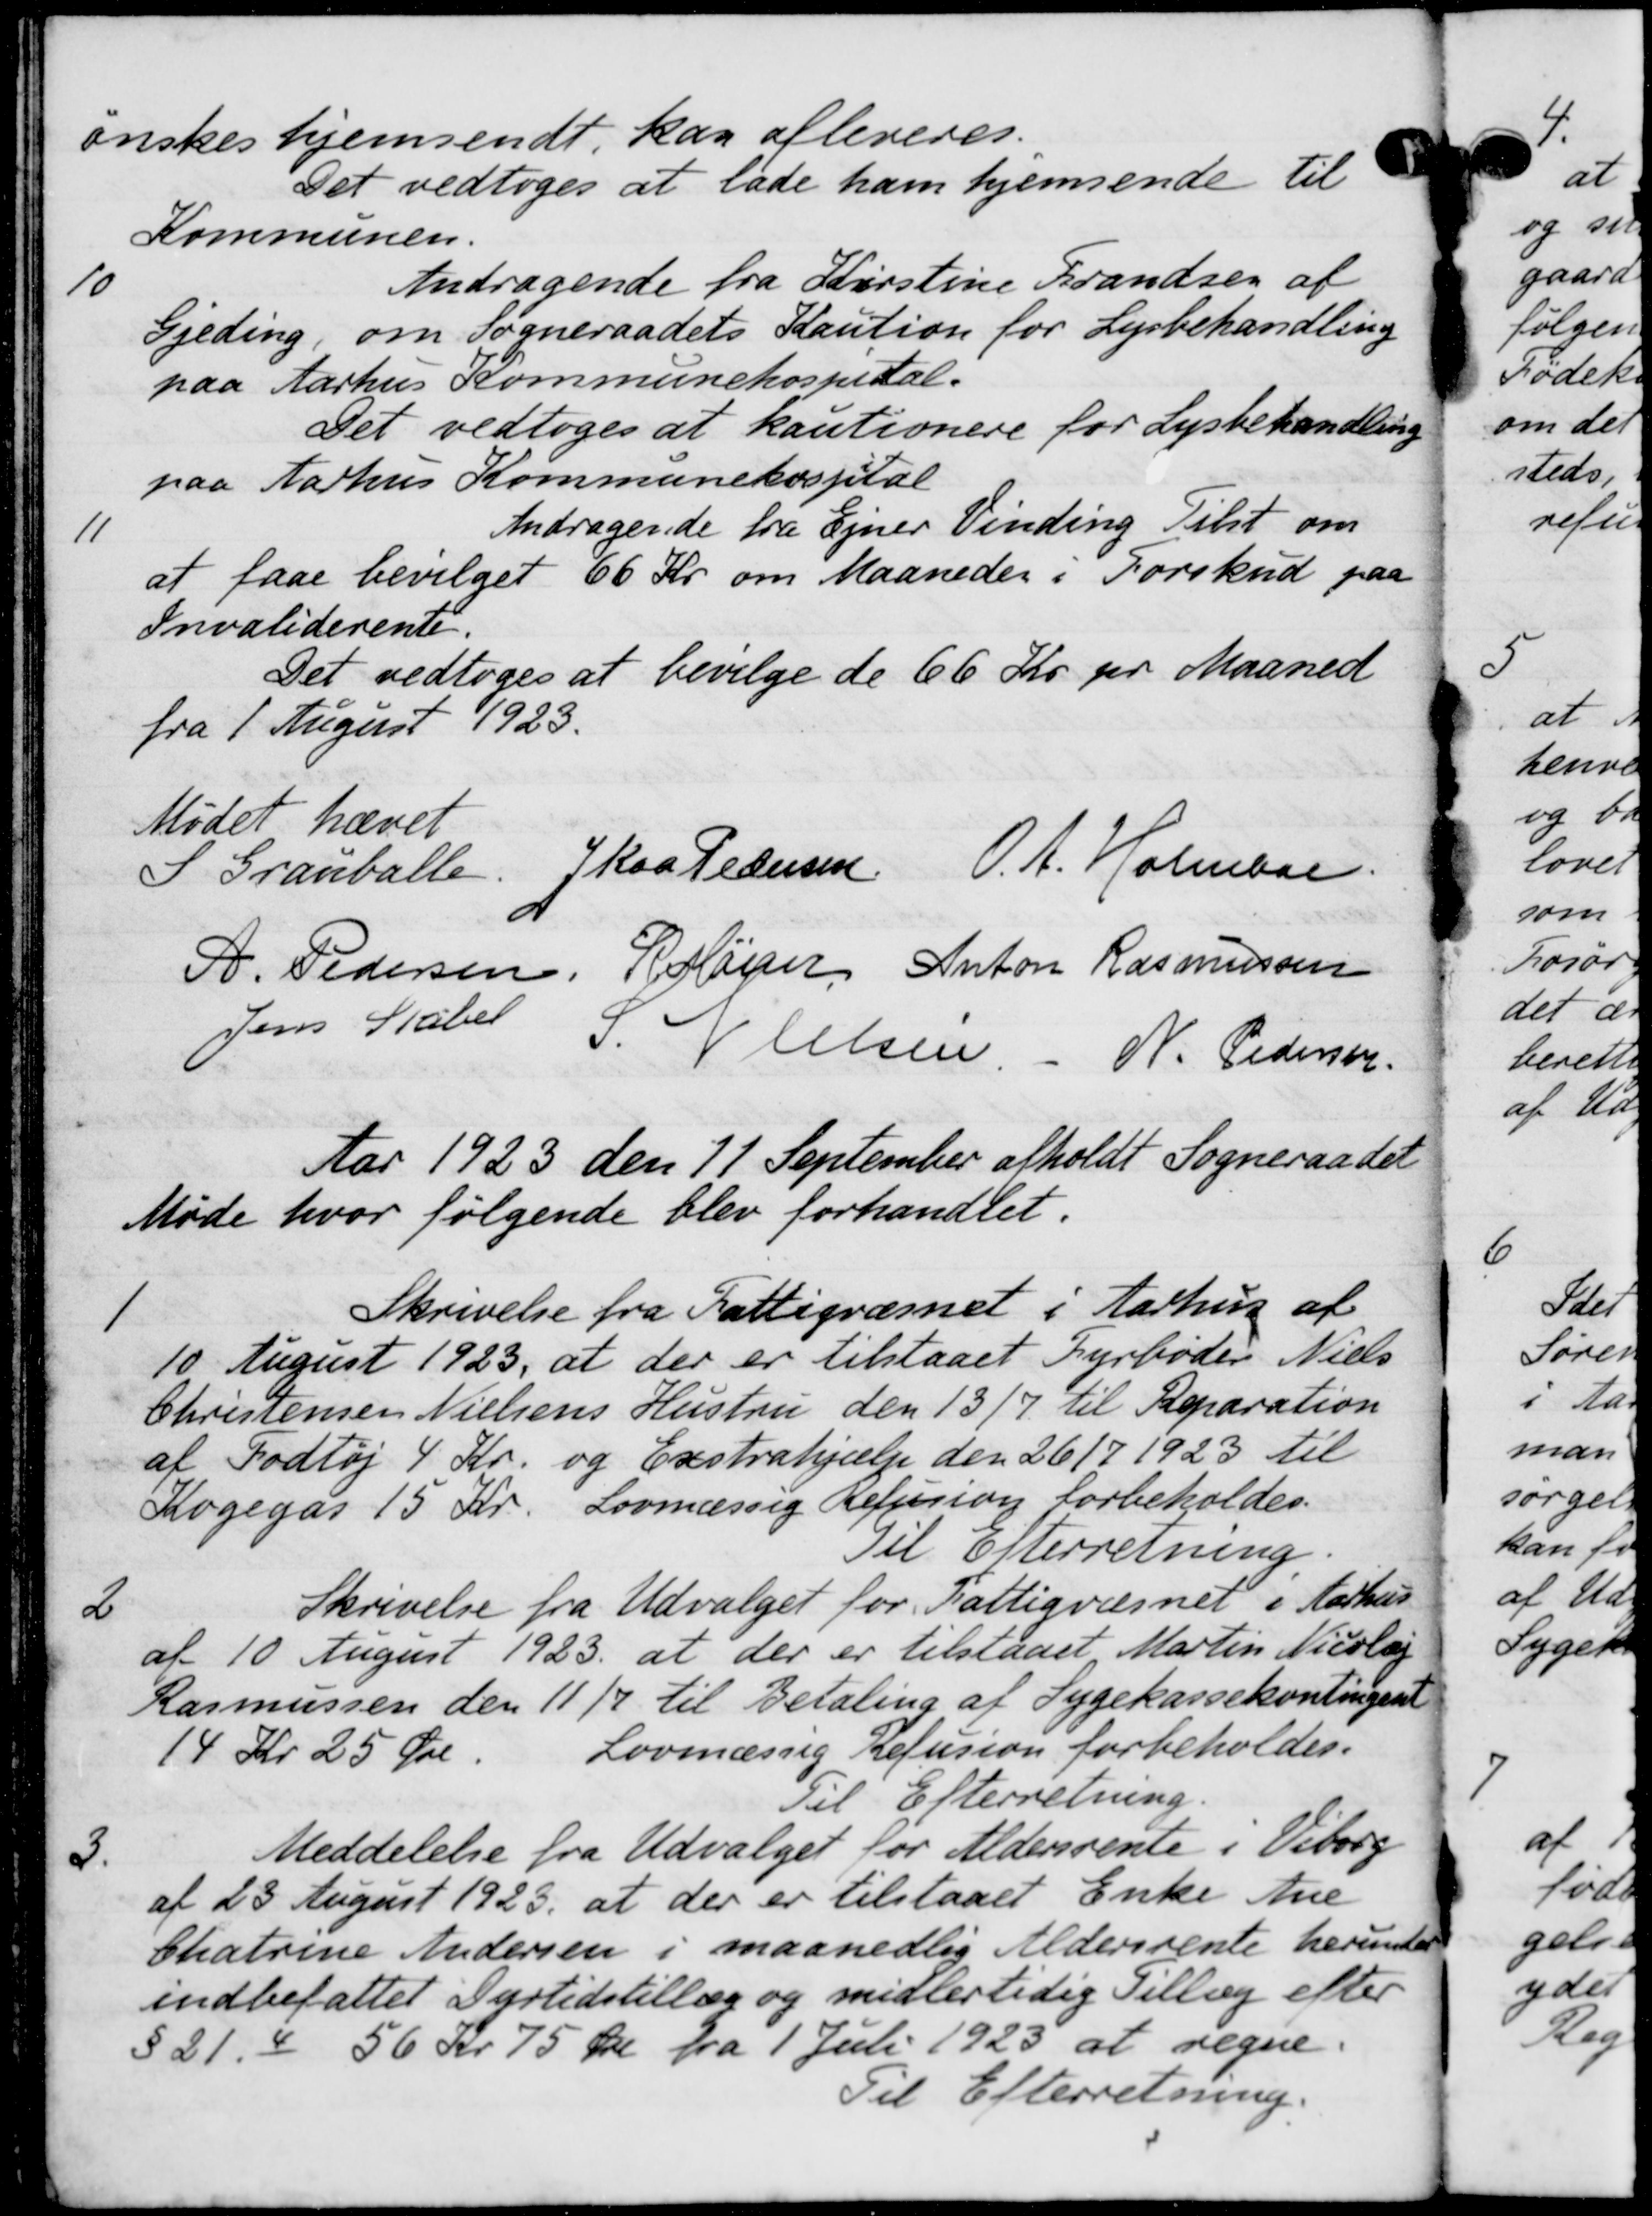
Transskription:
ønskes hjemsendt, kan afleveres.
Det vedtoges at lade ham hjemsende til
Kommunen.
10
Andragende fra Kirstine Frandsen af
Gjeding, om Sogneraadets Kaution for Lysbehandling
paa Aarhus Kommunehospital.
Det vedtoges at kautionere for Lysbehandling
paa Aarhus Kommunehospital
11
Andragende fra Ejner Vinding Tilst om
at faae bevilget 66 Kr. om Maaneder i Forskud paa
Invaliderente.
Det vedtoges at bevilge de 66 Kr. pr Maaned
fra 1' August 1923.
Mødet hævet
S Grauballe Skaa Pedersen O. A. Holmbar
A. Pedersen, R. Heiser Anton Rasmussen
Jens Stabel
S. Nielsen. - N. Pedersen.
Aar 1923 den 11 September afholdt Sogneraadet
Møde hvor følgende blev forhandlet.
1
Skrivelse fra Fattigvæsnet i Aarhus af
10 August 1923, at der er tilstaaet Fyrbøder Niels
Christensen Nielsens Hustru den 13/7 til Reparation
af Fodtøj 4 Kr. og Exstrahjælp den 26/7 1923 til
Kogegas 15 Kr. Lovmæssig Refusion forbeholdes.
Til Efterretning.
2
Skrivelse fra Udvalget for Fattigvæsnet i Aarhus
af 10 August 1923 at der er tilstaaet Martin Nicolaj
Rasmussen den 11/7 til Betaling af Sygekassekontingent
14 Kr 25 Øre.
Lovmæssig Refusion forbeholdes.
Til Efterretning.
3.
Meddelelse fra Udvalget for Aldersrente i Viborg
af 23 August 1923 at der er tilstaaet Enke Ane
Chatrine Andersen i maanedlig Aldersrente herunder
indbefattes Dyrtidstillæg og midlertidig Tillæg efter
§21- 56 Kr 75 Øre fra 1 Juli 1923 at regne
Til Efterretning.